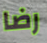
رضا